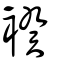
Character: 䙆